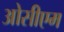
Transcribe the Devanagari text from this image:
ओसीएम